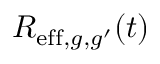
R _ { \mathrm { e f f } , g , g ^ { \prime } } ( t )